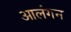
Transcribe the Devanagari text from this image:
आलंगन